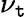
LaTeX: \nu_{\mathtt{t}}